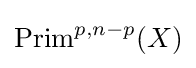
{\text{Prim}}^{p,n-p}(X)